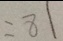
= 8 1